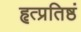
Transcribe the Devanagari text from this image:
हृत्प्रतिष्ठं